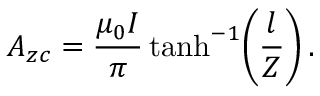
A _ { z c } = \frac { \mu _ { 0 } I } { \pi } \operatorname { t a n h } ^ { - 1 } \! \left( \frac { l } { Z } \right) .